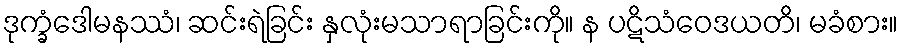
ဒုက္ခံဒေါမနဿံ၊ ဆင်းရဲခြင်း နှလုံးမသာရာခြင်းကို။ န ပဋိသံဝေဒယတိ၊ မခံစား။